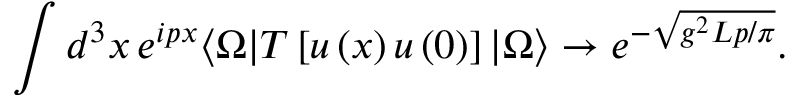
\int d ^ { 3 } x \, e ^ { i p x } \langle \Omega | T \left[ u \left( x \right) u \left( 0 \right) \right] | \Omega \rangle \rightarrow e ^ { - \sqrt { g ^ { 2 } L p / \pi } } .